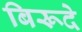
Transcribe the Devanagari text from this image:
बिरूदे